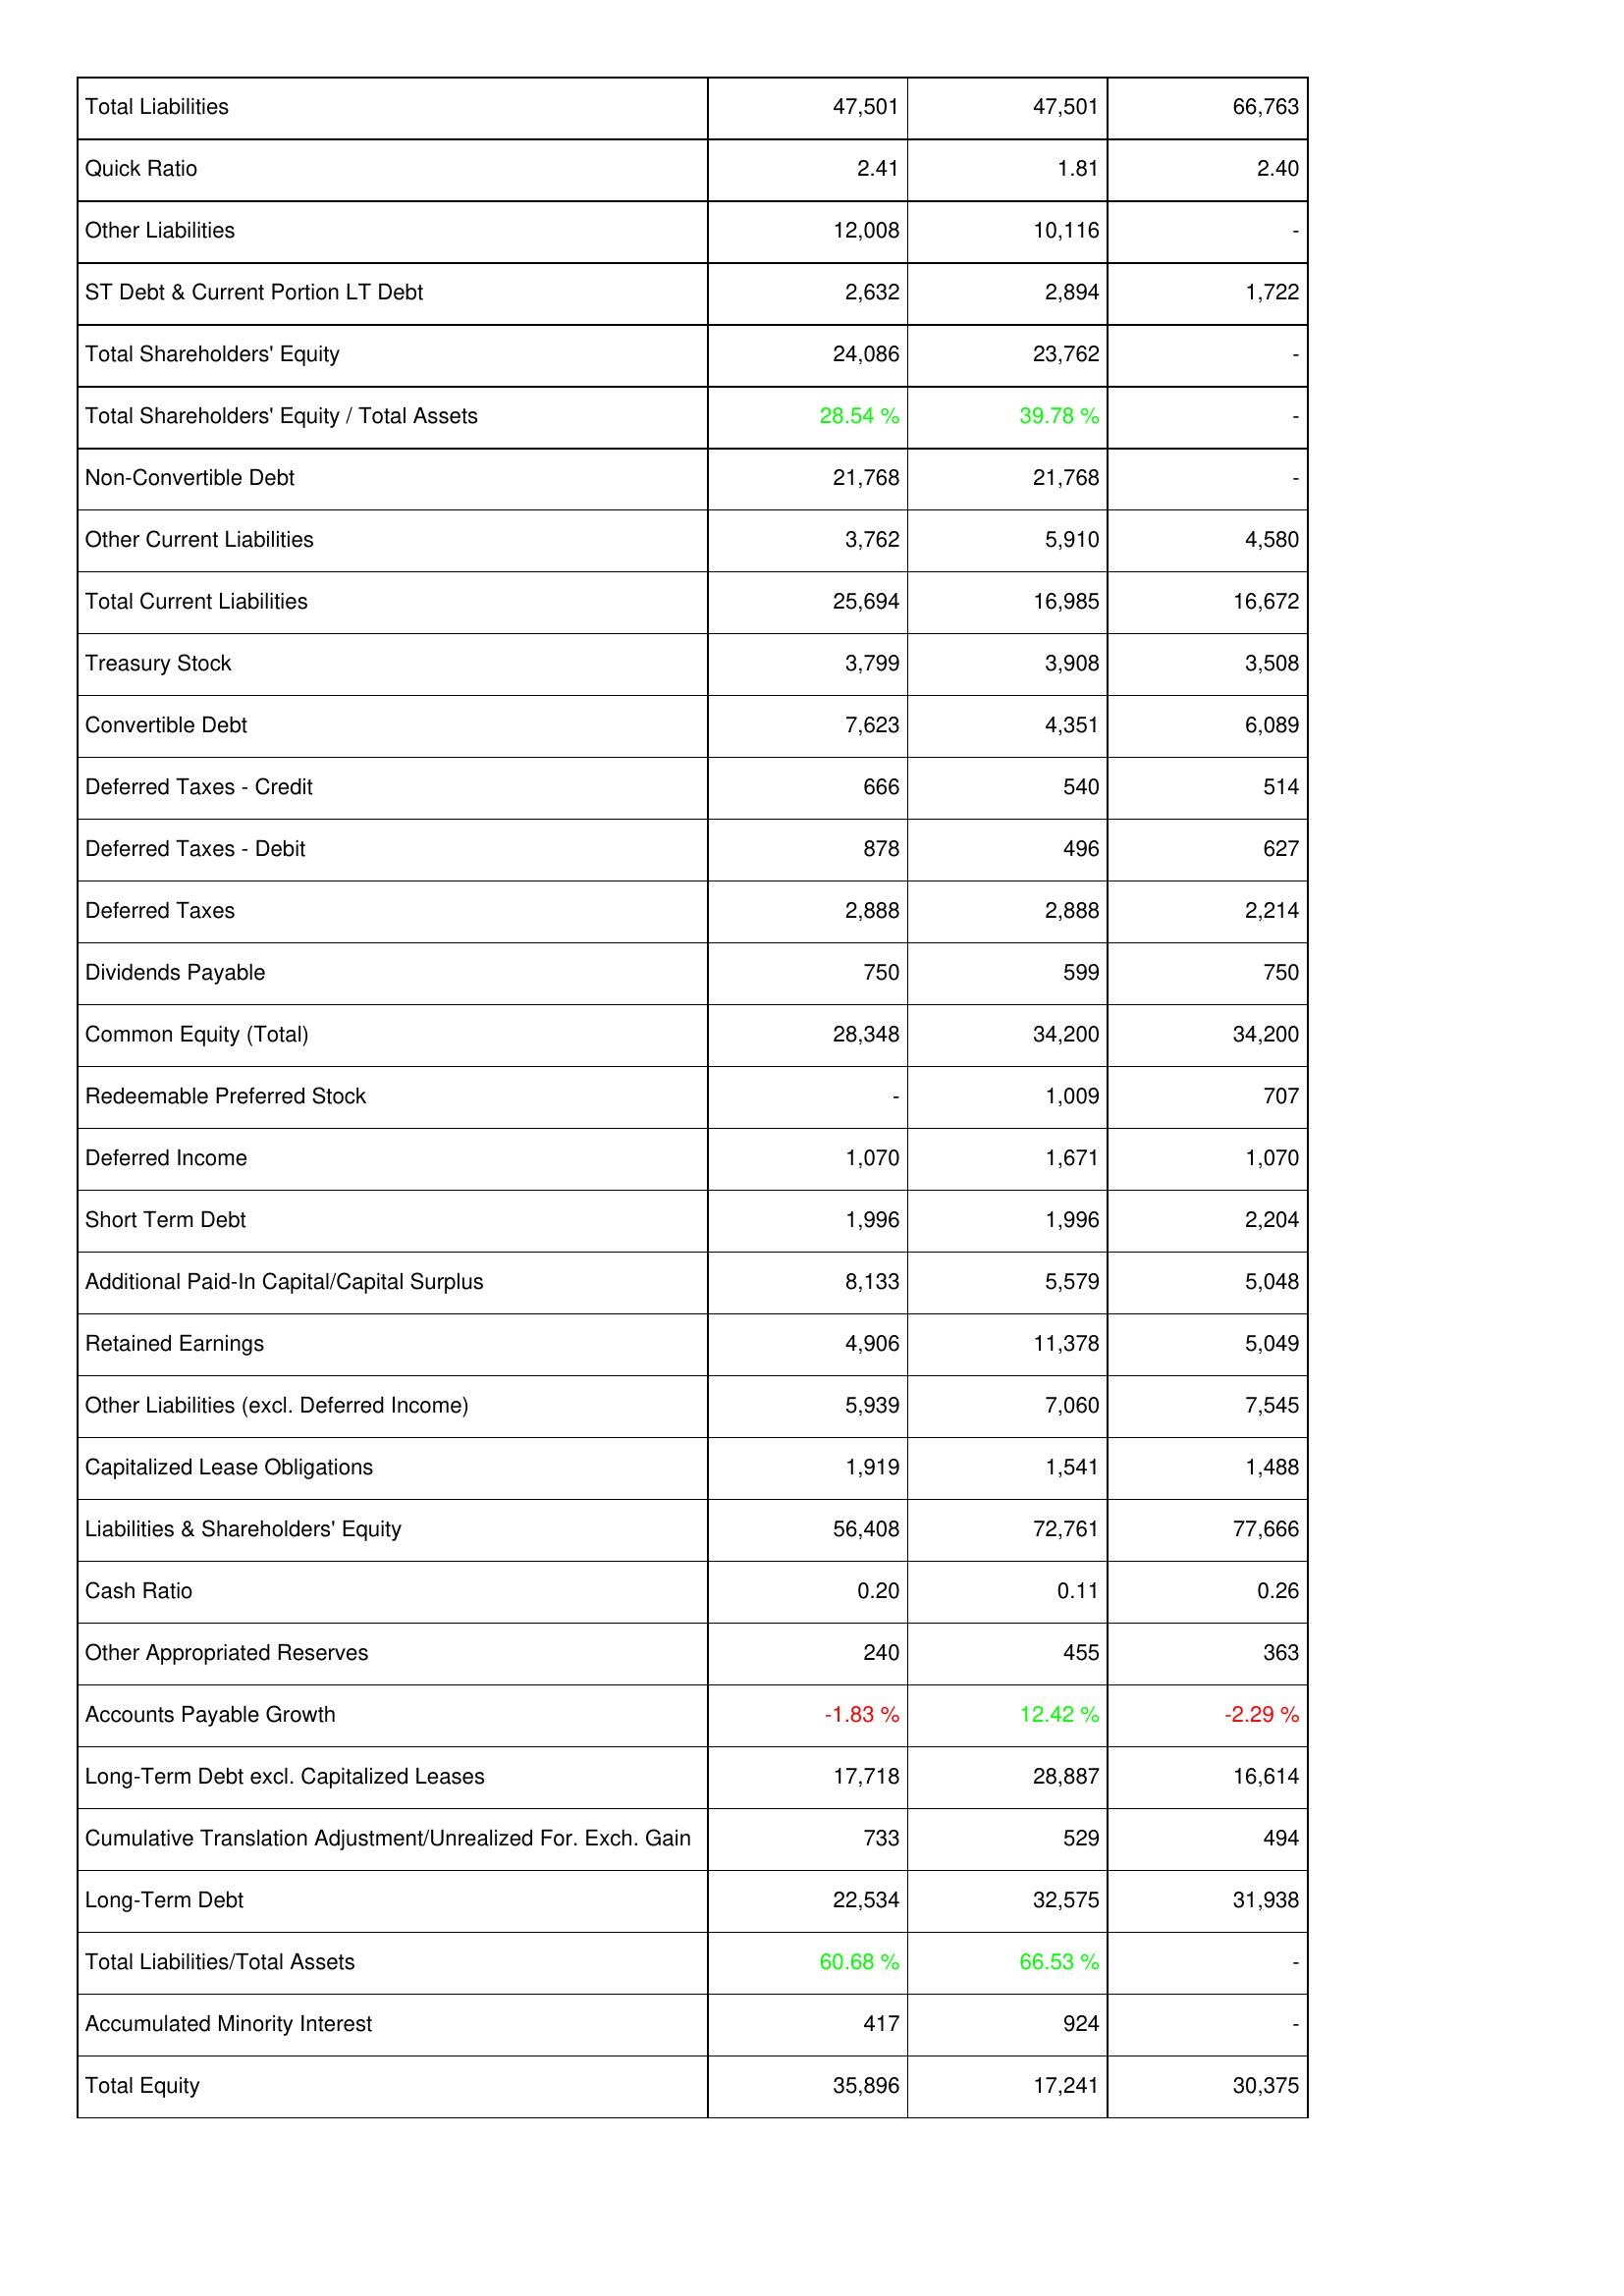
2014: Liabilities & Shareholders' Equity: Total Liabilities: 47,501
Quick Ratio: 2.41
Other Liabilities: 12,008
ST Debt & Current Portion LT Debt: 2,632
Total Shareholders' Equity: 24,086
Total Shareholders' Equity / Total Assets: 28.54 %
Non-Convertible Debt: 21,768
Other Current Liabilities: 3,762
Total Current Liabilities: 25,694
Treasury Stock: 3,799
Convertible Debt: 7,623
Deferred Taxes - Credit: 666
Deferred Taxes - Debit: 878
Deferred Taxes: 2,888
Dividends Payable: 750
Common Equity (Total): 28,348
Redeemable Preferred Stock: -
Deferred Income: 1,070
Short Term Debt: 1,996
Additional Paid-In Capital/Capital Surplus: 8,133
Retained Earnings: 4,906
Other Liabilities (excl. Deferred Income): 5,939
Capitalized Lease Obligations: 1,919
Liabilities & Shareholders' Equity: 56,408
Cash Ratio: 0.20
Other Appropriated Reserves: 240
Accounts Payable Growth: -1.83 %
Long-Term Debt excl. Capitalized Leases: 17,718
Cumulative Translation Adjustment/Unrealized For. Exch. Gain: 733
Long-Term Debt: 22,534
Total Liabilities/Total Assets: 60.68 %
Accumulated Minority Interest: 417
Total Equity: 35,896
2013: Liabilities & Shareholders' Equity: Total Liabilities: 47,501
Quick Ratio: 1.81
Other Liabilities: 10,116
ST Debt & Current Portion LT Debt: 2,894
Total Shareholders' Equity: 23,762
Total Shareholders' Equity / Total Assets: 39.78 %
Non-Convertible Debt: 21,768
Other Current Liabilities: 5,910
Total Current Liabilities: 16,985
Treasury Stock: 3,908
Convertible Debt: 4,351
Deferred Taxes - Credit: 540
Deferred Taxes - Debit: 496
Deferred Taxes: 2,888
Dividends Payable: 599
Common Equity (Total): 34,200
Redeemable Preferred Stock: 1,009
Deferred Income: 1,671
Short Term Debt: 1,996
Additional Paid-In Capital/Capital Surplus: 5,579
Retained Earnings: 11,378
Other Liabilities (excl. Deferred Income): 7,060
Capitalized Lease Obligations: 1,541
Liabilities & Shareholders' Equity: 72,761
Cash Ratio: 0.11
Other Appropriated Reserves: 455
Accounts Payable Growth: 12.42 %
Long-Term Debt excl. Capitalized Leases: 28,887
Cumulative Translation Adjustment/Unrealized For. Exch. Gain: 529
Long-Term Debt: 32,575
Total Liabilities/Total Assets: 66.53 %
Accumulated Minority Interest: 924
Total Equity: 17,241
2012: Liabilities & Shareholders' Equity: Total Liabilities: 66,763
Quick Ratio: 2.40
Other Liabilities: -
ST Debt & Current Portion LT Debt: 1,722
Total Shareholders' Equity: -
Total Shareholders' Equity / Total Assets: -
Non-Convertible Debt: -
Other Current Liabilities: 4,580
Total Current Liabilities: 16,672
Treasury Stock: 3,508
Convertible Debt: 6,089
Deferred Taxes - Credit: 514
Deferred Taxes - Debit: 627
Deferred Taxes: 2,214
Dividends Payable: 750
Common Equity (Total): 34,200
Redeemable Preferred Stock: 707
Deferred Income: 1,070
Short Term Debt: 2,204
Additional Paid-In Capital/Capital Surplus: 5,048
Retained Earnings: 5,049
Other Liabilities (excl. Deferred Income): 7,545
Capitalized Lease Obligations: 1,488
Liabilities & Shareholders' Equity: 77,666
Cash Ratio: 0.26
Other Appropriated Reserves: 363
Accounts Payable Growth: -2.29 %
Long-Term Debt excl. Capitalized Leases: 16,614
Cumulative Translation Adjustment/Unrealized For. Exch. Gain: 494
Long-Term Debt: 31,938
Total Liabilities/Total Assets: -
Accumulated Minority Interest: -
Total Equity: 30,375